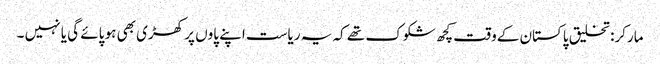
مارکر: تخلیق پاکستان کےو قت کچھ شکوک تھے کہ یہ ریاست اپنے پاوں پر کھڑی بھی ہو پائے گی یا نہیں ۔